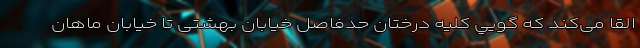
القا می‌کند که گويي کلیه درختان حدفاصل خیابان بهشتی تا خیابان ماهان